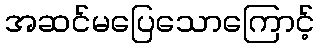
အဆင်မပြေသောကြောင့်